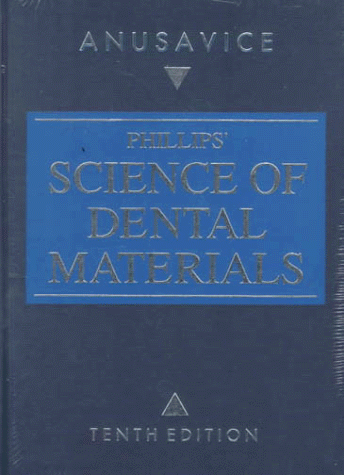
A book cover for Phillips' Science of Dental Materials, 10e; Kenneth J. Anusavice DMD  PhD; Medical Books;